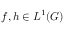
f , h \in L ^ { 1 } ( G )